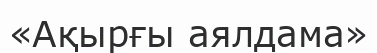
«Ақырғы аялдама»